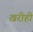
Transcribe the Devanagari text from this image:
खरीही